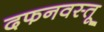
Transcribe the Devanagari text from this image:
दफनवस्तू